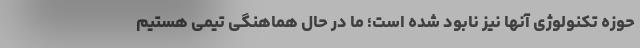
حوزه تکنولوژی آنها نیز نابود شده است؛ ما در حال هماهنگی تیمی هستیم